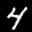
Label: 4